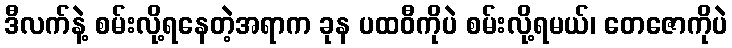
ဒီလက်နဲ့ စမ်းလို့ရနေတဲ့အရာက ခုန ပထဝီကိုပဲ စမ်းလို့ရမယ်၊ တေဇောကိုပဲ